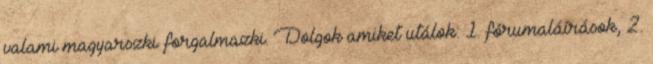
valami magyarszki forgalmazki. Dolgok amiket utálok: 1. fórumaláírások, 2.